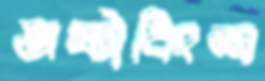
অষ্টাবিংশ